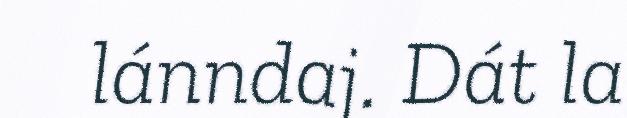
lánndaj. Dát la